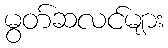
မွတ်ဆလင်များ